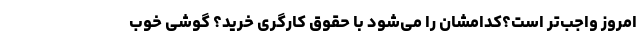
امروز واجب‌تر است؟کدامشان را می‌شود با حقوق کارگری خرید؟ گوشی خوب